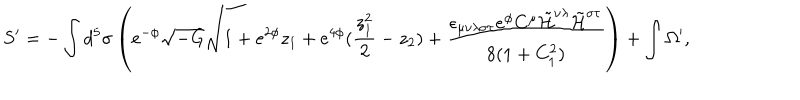
S ^ { \prime } = - \int d ^ { 5 } \sigma \left( e ^ { - \phi } \sqrt { - G } \sqrt { 1 + e ^ { 2 \phi } z _ { 1 } + e ^ { 4 \phi } ( \frac { z _ { 1 } ^ { 2 } } { 2 } - z _ { 2 } ) } + \frac { \epsilon _ { \mu \nu \lambda \sigma \tau } e ^ { \phi } C ^ { \mu } \tilde { { \cal H } } ^ { \nu \lambda } \tilde { { \cal H } } ^ { \sigma \tau } } { 8 ( 1 + C _ { 1 } ^ { 2 } ) } \right) + \int \Omega ^ { \prime } ,